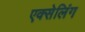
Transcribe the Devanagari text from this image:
एक्सेलिंग